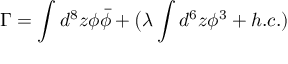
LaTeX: \Gamma = \int d ^ { 8 } z \phi \bar { \phi } + \big ( \lambda \int d ^ { 6 } z { \phi } ^ { 3 } + h . c . )